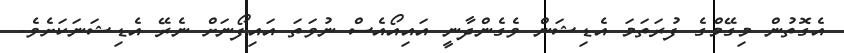
އެގޮތުން މިގޭމްގެ ފުރަތަމަ އެޑިޝަން ވެގެންދާނީ އައިއޯއެސް ނުވަތަ އައިފޯނަށް ނެރޭ އެޑިޝަނަކަށެވެ.